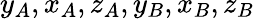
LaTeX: y_{A},x_{A},z_{A},y_{B},x_{B},z_{B}